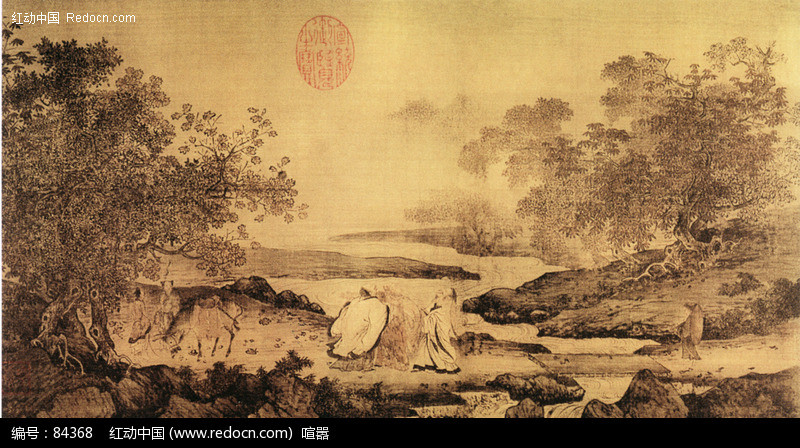
送行无酒亦无钱，劝尔一杯菩萨泉。